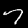
Label: 7